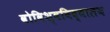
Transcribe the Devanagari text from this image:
वोविश्वविद्यालय